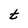
Character: t